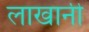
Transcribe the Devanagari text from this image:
लाखानी